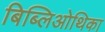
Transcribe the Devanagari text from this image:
बिब्लिओथिका